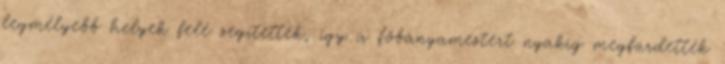
legmélyebb helyek felé segítették, így a főbányamestert nyakig megfürdették